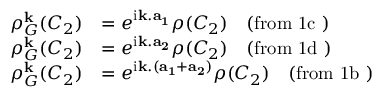
\begin{array} { r l } { \rho _ { G } ^ { \bf k } ( C _ { 2 } ) } & { = e ^ { \mathrm { i } { \bf k . a _ { 1 } } } \rho ( C _ { 2 } ) \quad \mathrm { ( f r o m ~ 1 c ~ ) } } \\ { \rho _ { G } ^ { \bf k } ( C _ { 2 } ) } & { = e ^ { \mathrm { i } { \bf k . a _ { 2 } } } \rho ( C _ { 2 } ) \quad \mathrm { ( f r o m ~ 1 d ~ ) } } \\ { \rho _ { G } ^ { \bf k } ( C _ { 2 } ) } & { = e ^ { \mathrm { i } { \bf k . ( a _ { 1 } + a _ { 2 } ) } } \rho ( C _ { 2 } ) \quad \mathrm { ( f r o m ~ 1 b ~ ) } } \end{array}